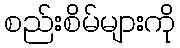
စည်းစိမ်များကို